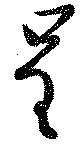
呈